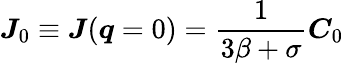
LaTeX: \boldsymbol J_{0}\equiv\boldsymbol J(\boldsymbol q=0)=\frac{1}{3\beta+\sigma}\boldsymbol C_{0}